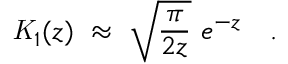
{ \mathit { K } } _ { 1 } ( z ) ~ \approx ~ \sqrt { \frac { \pi } { 2 z } } ~ e ^ { - z } ~ ~ ~ .